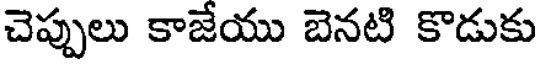
చెప్పులు కాజేయు బెనటి కొడుకు